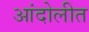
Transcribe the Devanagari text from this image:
आंदोलीत